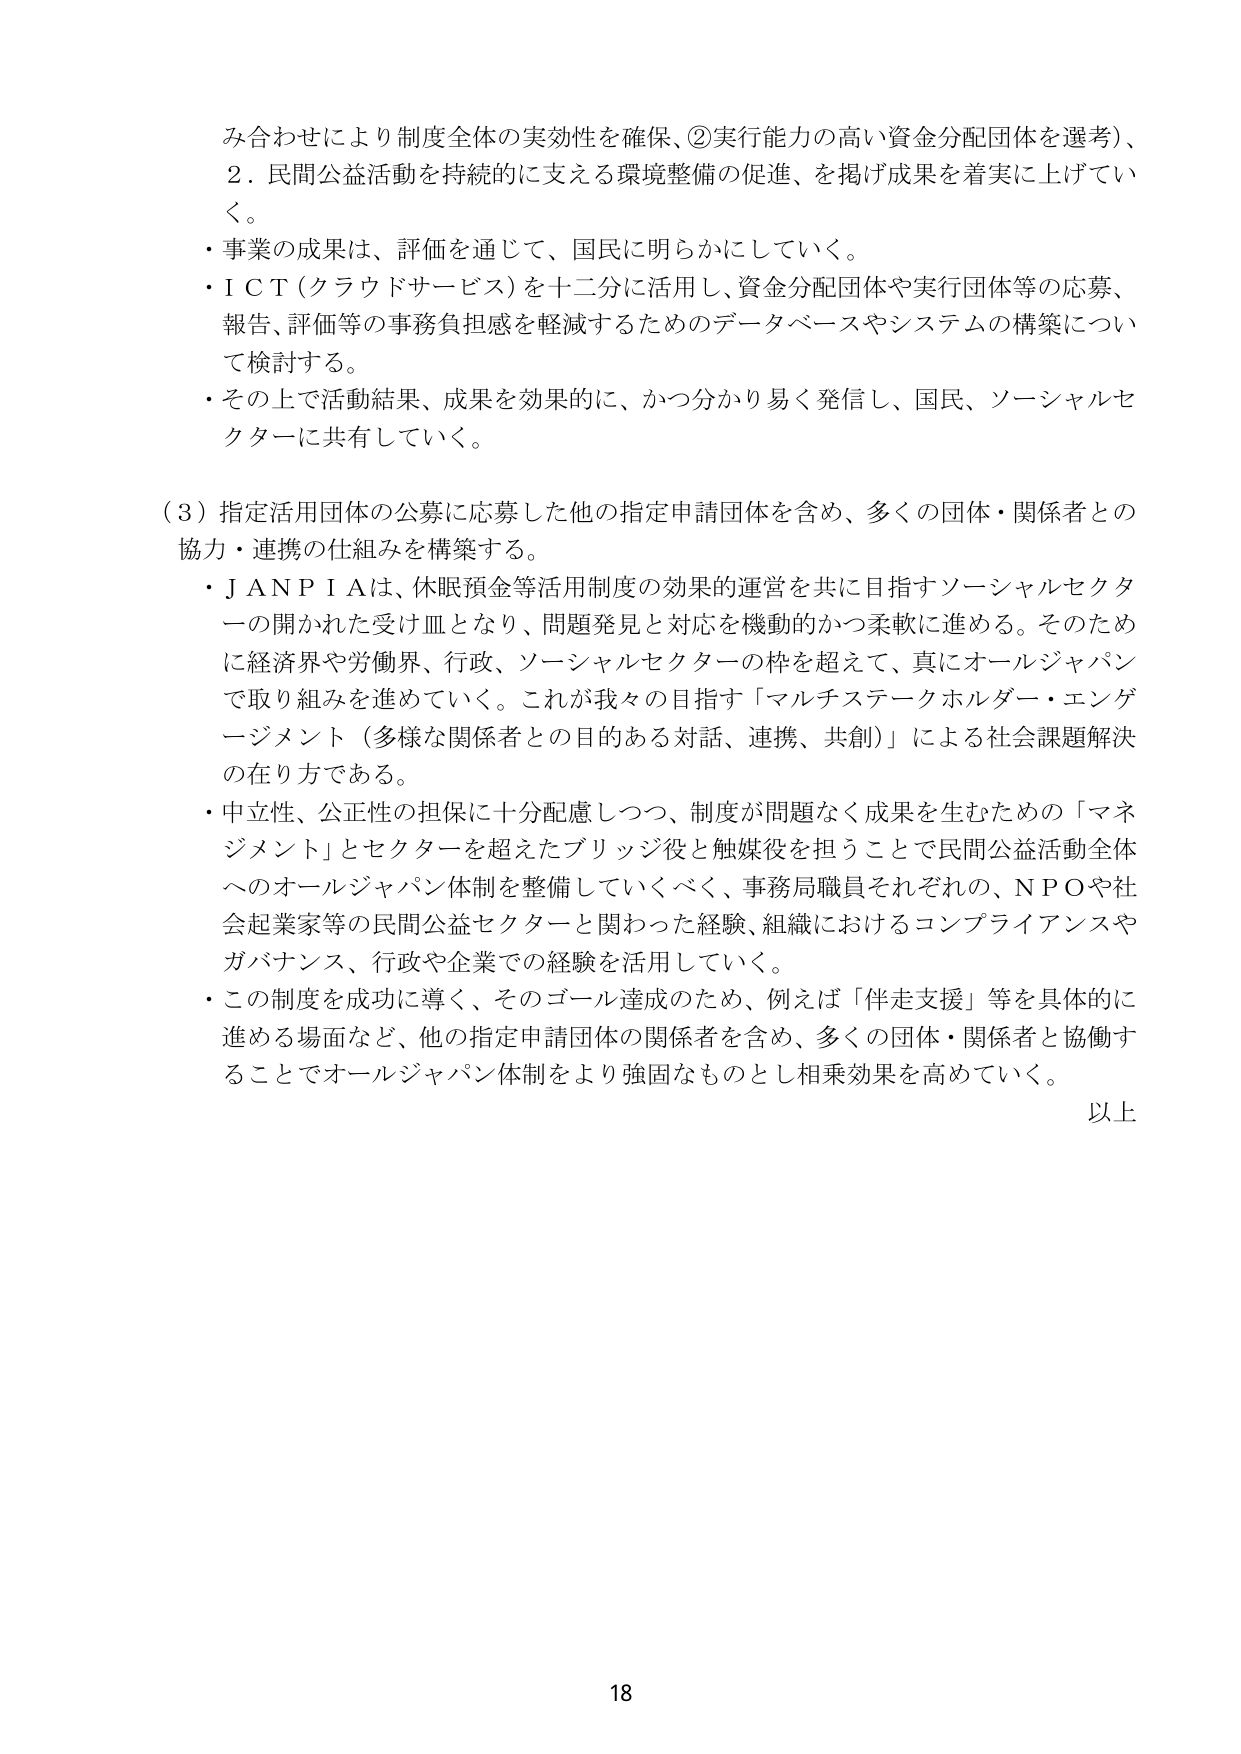
み合わせにより制度全体の実効性を確保、②実行能力の高い資金分配団体を選考）、
2．民間公益活動を持続的に支える環境整備の促進、を掲げ成果を着実に上げていく。
・事業の成果は、評価を通じて、国民に明らかにしていく。
・ＩＣＴ（クラウドサービス）を十二分に活用し、資金分配団体や実行団体等の応募、報告、評価等の事務負担感を軽減するためのデータベースやシステムの構築について検討する。
・その上で活動結果、成果を効果的に、かつ分かり易く発信し、国民、ソーシャルセクターに共有していく。

（3）指定活用団体の公募に応募した他の指定申請団体を含め、多くの団体・関係者との協力・連携の仕組みを構築する。
・ＪＡＮＰＩＡは、休眠預金等活用制度の効果的運営を共に目指すソーシャルセクターの開かれた受け皿となり、問題発見と対応を機動的かつ柔軟に進める。そのためには経済界や労働界、行政、ソーシャルセクターの枠を超えて、真にオールジャパンで取り組みを進めていく。これが我々の目指す「マルチステークホルダー・エンゲージメント（多様な関係者との目的ある対話、連携、共創）」による社会課題解決の在り方である。
・中立性、公正性の担保に十分配慮しつつ、制度が問題なく成果を生むための「マネジメント」とセクターを超えたブリッジ役と触媒役を担うことで民間公益活動全体へのオールジャパン体制を整備していくべく、事務局職員それぞれの、ＮＰＯや社会起業家等の民間公益セクターに関わった経験、組織におけるコンプライアンスやガバナンス、行政や企業での経験を活用していく。
・この制度を成功に導く、そのゴール達成のため、例えば「伴走支援」等を具体的に進める場面など、他の指定申請団体の関係者を含め、多くの団体・関係者と協働することでオールジャパン体制をより強固なものとし相乗効果を高めていく。

以上

18